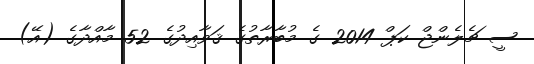
ސީ ޗެލެންޖް ކަޕް 2014 ގެ މުބާރާތުގެ ޤަވާއިދުގެ 52 މާއްދާގެ (އޭ)